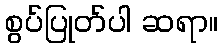
စွပ်ပြုတ်ပါ ဆရာ။